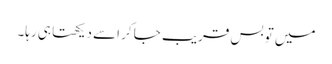
میں تو بس قریب جا کر اسے دیکھتا ہی رہا۔